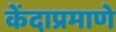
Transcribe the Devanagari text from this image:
केंदाप्रमाणे